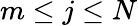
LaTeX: m\leq j\leq N